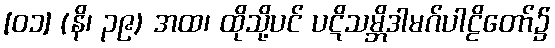
[၀၁] (နိ၊ ၃၉) အထ၊ ထိုသို့ပင် ပဋိသမ္ဘိဒါမဂ်ပါဠိတော်၌